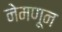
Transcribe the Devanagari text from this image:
नेमणून